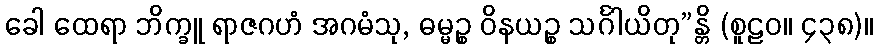
ခေါ ထေရာ ဘိက္ခူ ရာဇဂဟံ အဂမံသု, ဓမ္မဉ္စ ဝိနယဉ္စ သင်္ဂါယိတု”န္တိ (စူဠဝ။ ၄၃၈)။